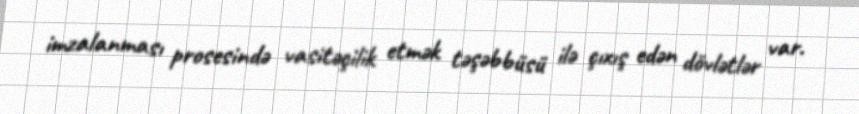
imzalanması prosesində vasitəçilik etmək təşəbbüsü ilə çıxış edən dövlətlər var.